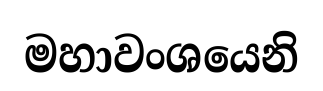
මහාවංශයෙනි